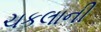
ચકલાની